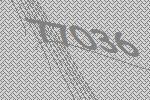
77036